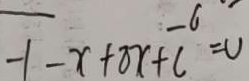
- 1 - x + 8 x + c = 0